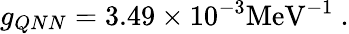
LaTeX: g_{QNN}=3.49\times 10^{-3}\mathrm{MeV}^{-1}~.